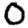
Digit: 0